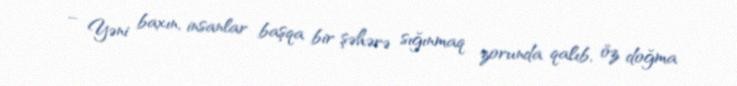
– Yəni baxın, insanlar başqa bir şəhərə sığınmaq zorunda qalıb, öz doğma